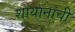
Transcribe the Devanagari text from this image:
शायानांची